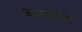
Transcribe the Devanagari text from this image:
बाजाचा